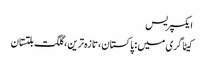
ایکسپریس
کیٹاگری میں : پاکستان، تازہ ترین، گلگت بلتستان